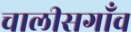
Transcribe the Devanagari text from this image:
चालीसगाँव